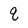
Character: q